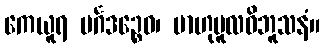
ကေယူရ မင်္ဂဒဉ္စေဝ၊ ဗာဟုမူလဝိဘူသနံ။